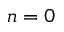
n = 0